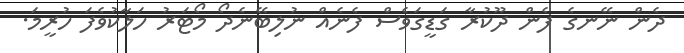
ދެން ނޭނގެ ފެން ދޫކުރާ ގަޑީގަވެސް ފެނެއް ނުލިބޭނެދޯ މޯޓަރު ހަލާކުވެފަ ހުރީމަ.